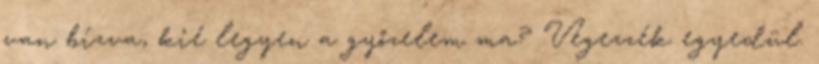
van bízva, kié legyen a győzelem ma? Végezzék egyedül.